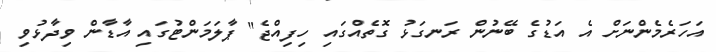
އަހަރެމެންނަށް އެ އަޑުގެ ބޭނުން ރަނގަޅު ގޮތެއްގައި ހިފިއްޖެ" ޕާލަމަންޓުގައި އާޑާން ވިދާޅުވި